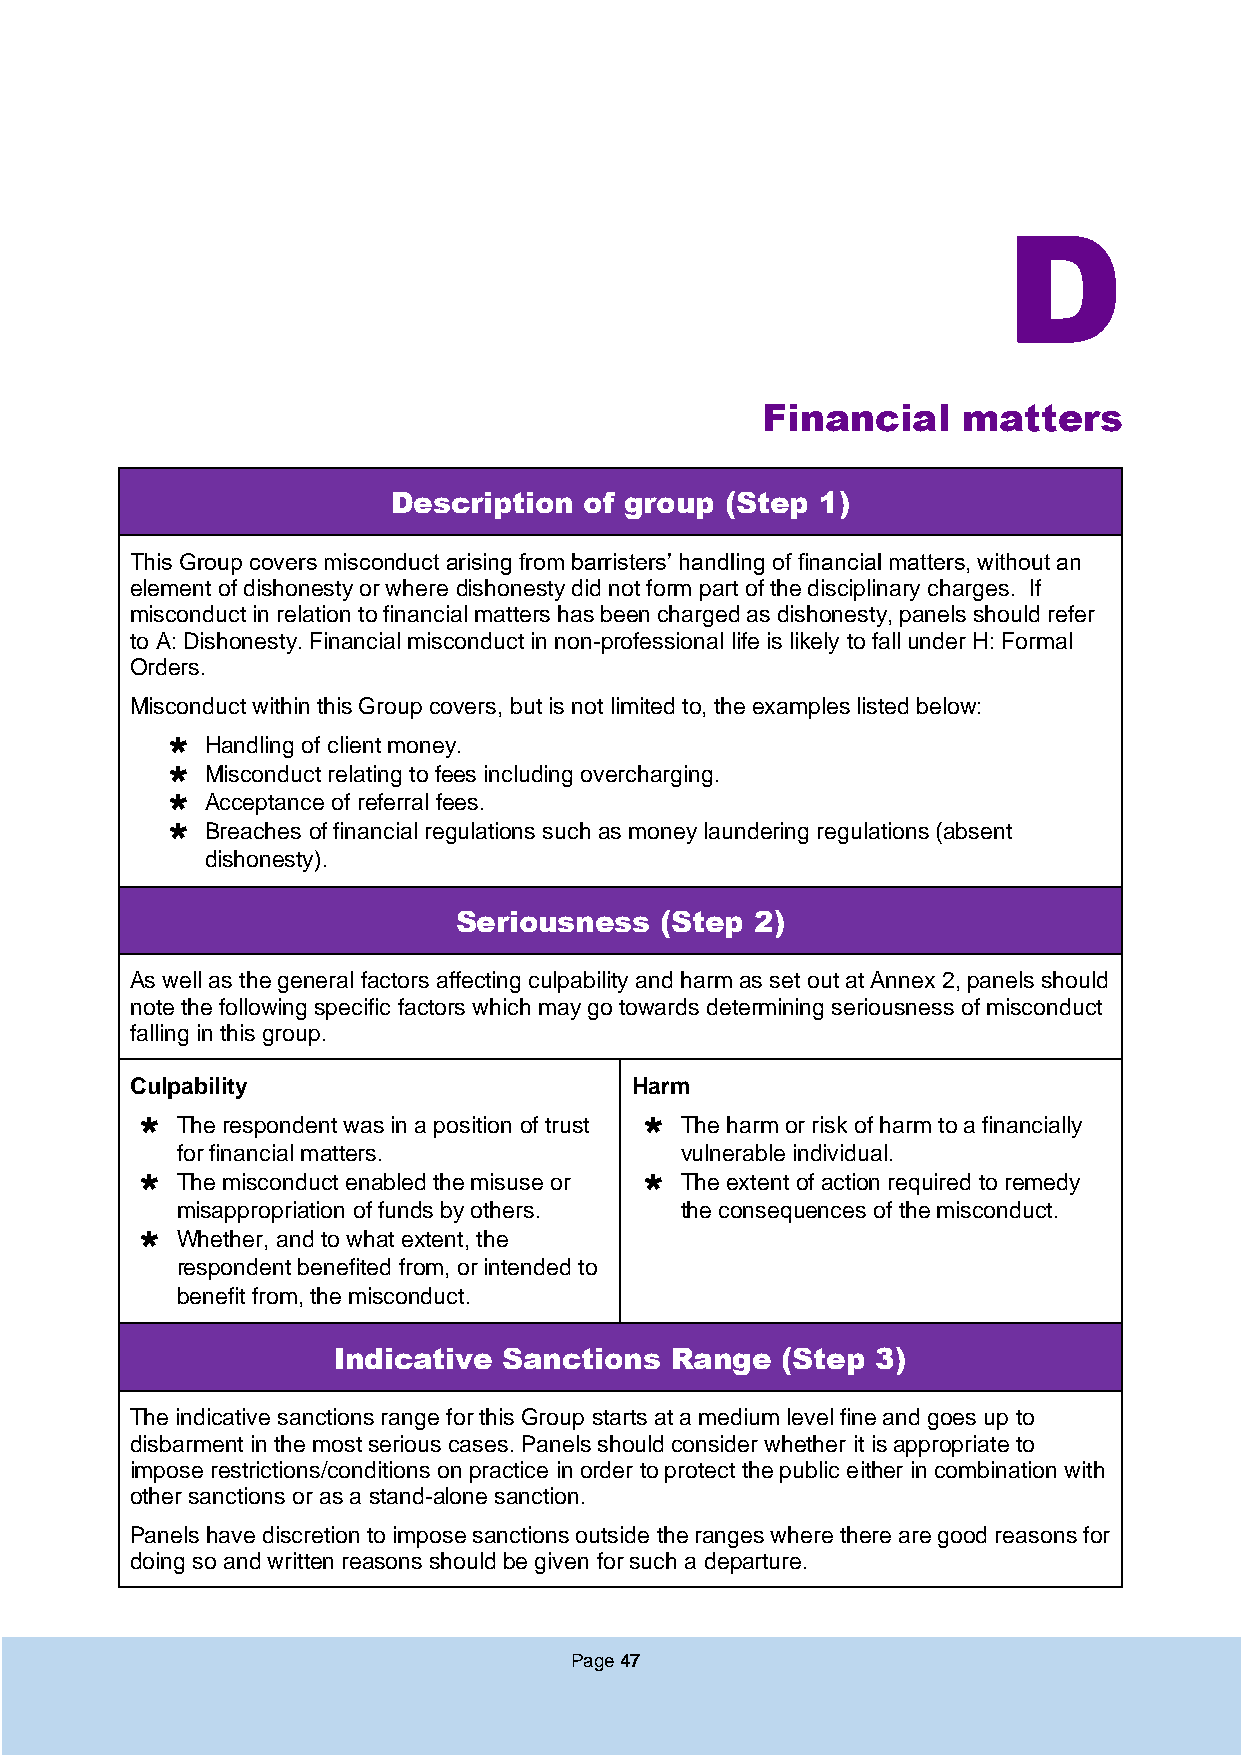
D
 Financial     matters
 Description  of group (Step 1)
 This Group covers misconduct arising from barristers’ handling of financial matters, without an
 element of dishonesty or where dishonesty did not form part of the disciplinary charges. If
 misconduct in relation to financial matters has been charged as dishonesty, panels should refer
 to A: Dishonesty. Financial misconduct in non-professional life is likely to fall under H: Formal
 Orders.
 Misconduct within this Group covers, but is not limited to, the examples listed below:
   Handling of client money.
   Misconduct relating to fees including overcharging.
   Acceptance of referral fees.
   Breaches of financial regulations such as money laundering regulations (absent
 dishonesty).
 Seriousness   (Step 2)
 As well as the general factors affecting culpability and harm as set out at Annex 2, panels should
 note the following specific factors which may go towards determining seriousness of misconduct
 falling in this group.
 Culpability                      Harm
   The respondent was in a position of trust  The harm or risk of harm to a financially
 for financial matters.           vulnerable individual.
   The misconduct enabled the misuse or  The extent of action required to remedy
 misappropriation of funds by others. the consequences of the misconduct.
   Whether, and to what extent, the
 respondent benefited from, or intended to
 benefit from, the misconduct.
 Indicative Sanctions  Range   (Step 3)
 The indicative sanctions range for this Group starts at a medium level fine and goes up to
 disbarment in the most serious cases. Panels should consider whether it is appropriate to
 impose restrictions/conditions on practice in order to protect the public either in combination with
 other sanctions or as a stand-alone sanction.
 Panels have discretion to impose sanctions outside the ranges where there are good reasons for
 doing so and written reasons should be given for such a departure.
 Page 47